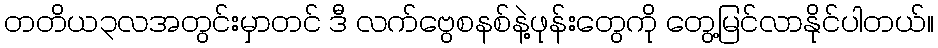
တတိယ၃လအတွင်းမှာတင် ဒီ လက်ဗွေစနစ်နဲ့ဖုန်းတွေကို တွေ့မြင်လာနိုင်ပါတယ်။